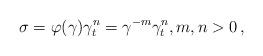
LaTeX: \begin{align*} \sigma = \varphi(\gamma)\gamma_t^n = \gamma^{-m}\gamma_t^n, m,n>0 \, ,\end{align*}